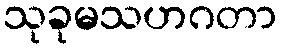
သုခုမသဟဂတာ